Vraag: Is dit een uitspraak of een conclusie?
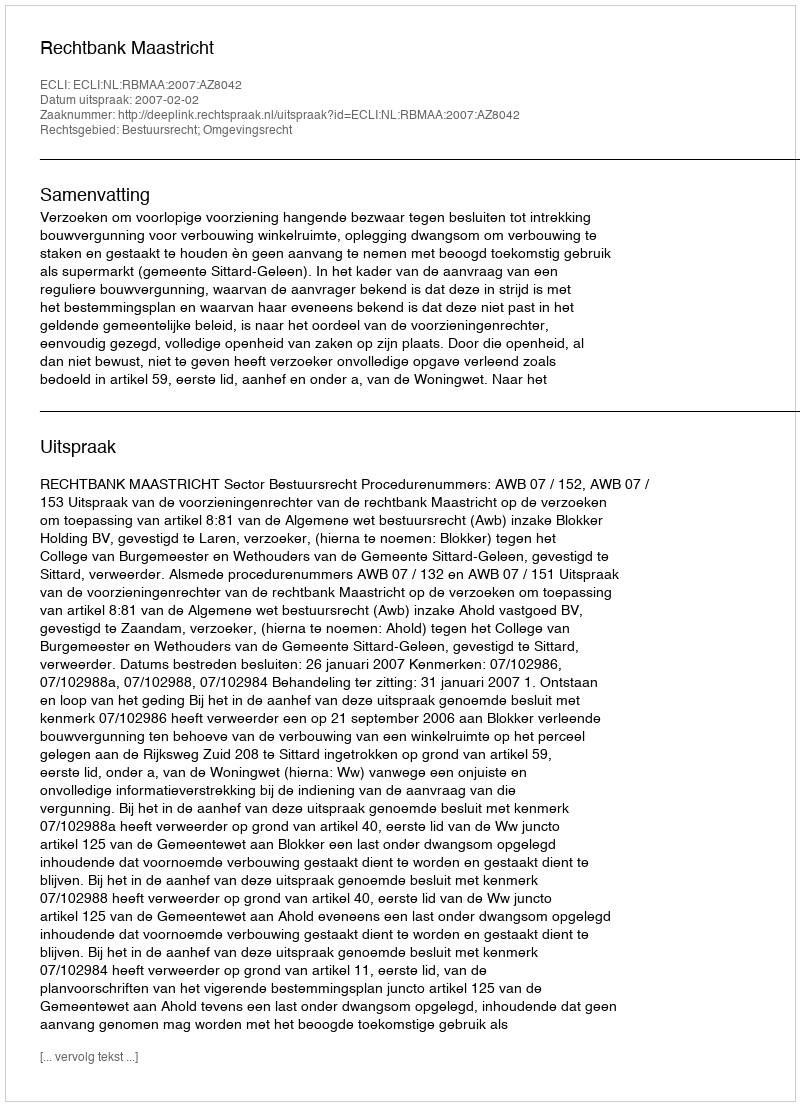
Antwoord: Uitspraak